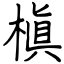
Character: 槇